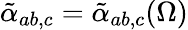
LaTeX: \tilde{\alpha}_{ab,c}=\tilde{\alpha}_{ab,c}(\Omega)